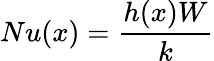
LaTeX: Nu(x)=\frac{h(x)W}{k}